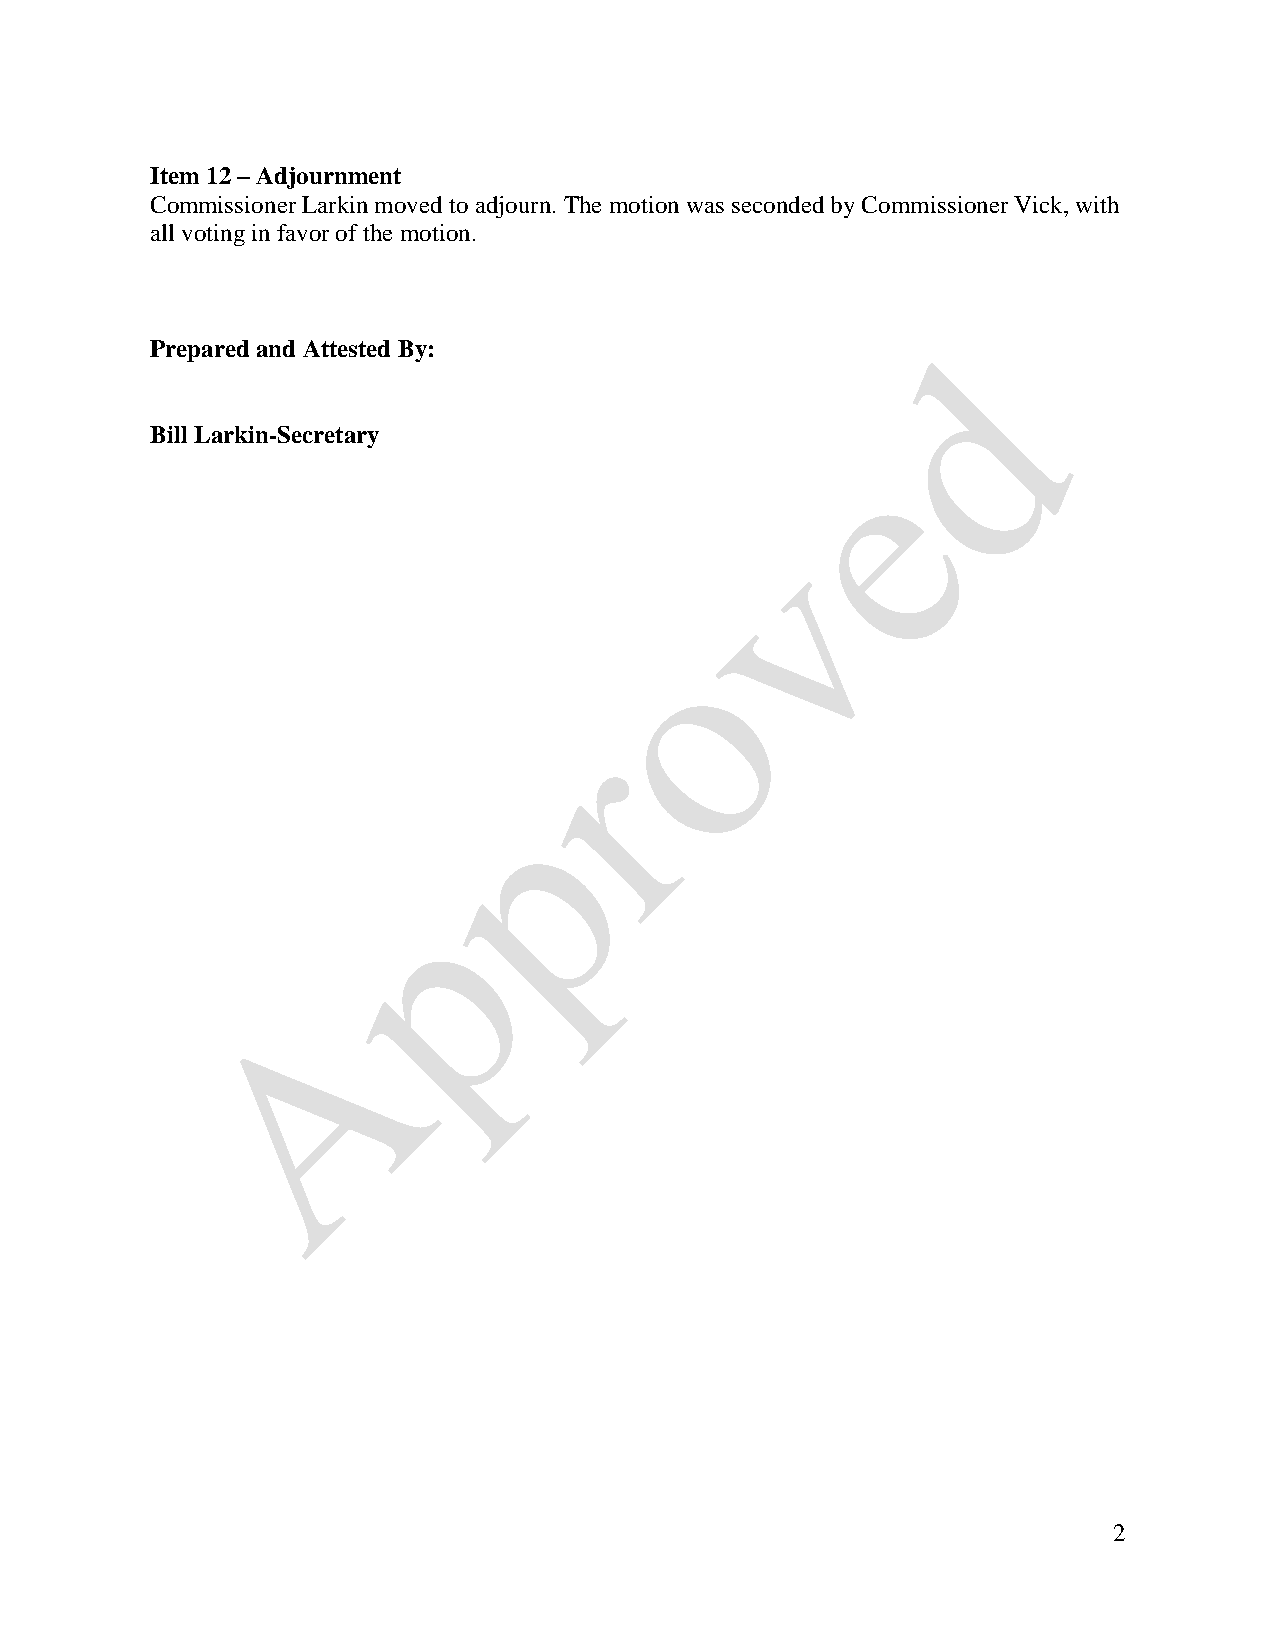
Item 12 – Adjournment
 Commissioner Larkin moved to adjourn. The motion was seconded by Commissioner Vick, with
 all voting in favor of the motion.
 Prepared and Attested By:
 Bill Larkin-Secretary
 2